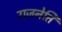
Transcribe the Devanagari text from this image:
राजनेति